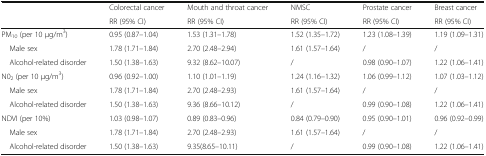
<table><thead><tr><td rowspan="2"></td><td><b>Colorectal cancer</b></td><td><b>Mouth and throat cancer</b></td><td><b>NMSC</b></td><td><b>Prostate cancer</b></td><td><b>Breast cancer</b></td></tr><tr><td><b>RR (95% CI)</b></td><td><b>RR (95% CI)</b></td><td><b>RR (95% CI)</b></td><td><b>RR (95% CI)</b></td><td><b>RR (95% CI)</b></td></tr></thead><tbody><tr><td>PM<sub>10</sub> (per 10 μg/m<sup>3</sup>)</td><td>0.95 (0.87–1.04)</td><td>1.53 (1.31–1.78)</td><td>1.52 (1.35–1.72)</td><td>1.23 (1.08–1.39)</td><td>1.19 (1.09–1.31)</td></tr><tr><td> Male sex</td><td>1.78 (1.71–1.84)</td><td>2.70 (2.48–2.94)</td><td>1.61 (1.57–1.64)</td><td>/</td><td>/</td></tr><tr><td> Alcohol-related disorder</td><td>1.50 (1.38–1.63)</td><td>9.32 (8.62–10.07)</td><td>/</td><td>0.98 (0.90–1.07)</td><td>1.22 (1.06–1.41)</td></tr><tr><td>N0<sub>2</sub> (per 10 μg/m<sup>3</sup>)</td><td>0.96 (0.92–1.00)</td><td>1.10 (1.01–1.19)</td><td>1.24 (1.16–1.32)</td><td>1.06 (0.99–1.12)</td><td>1.07 (1.03–1.12)</td></tr><tr><td> Male sex</td><td>1.78 (1.71–1.84)</td><td>2.70 (2.48–2.93)</td><td>1.61 (1.57–1.64)</td><td>/</td><td>/</td></tr><tr><td> Alcohol-related disorder</td><td>1.50 (1.38–1.63)</td><td>9.36 (8.66–10.12)</td><td>/</td><td>0.99 (0.90–1.08)</td><td>1.22 (1.06–1.41)</td></tr><tr><td>NDVI (per 10%)</td><td>1.03 (0.98–1.07)</td><td>0.89 (0.83–0.96)</td><td>0.84 (0.79–0.90)</td><td>0.95 (0.90–1.01)</td><td>0.96 (0.92–0.99)</td></tr><tr><td> Male sex</td><td>1.78 (1.71–1.84)</td><td>2.70 (2.48–2.93)</td><td>1.61 (1.57–1.64)</td><td>/</td><td>/</td></tr><tr><td> Alcohol-related disorder</td><td>1.50 (1.38–1.63)</td><td>9.35(8.65–10.11)</td><td>/</td><td>0.99 (0.90–1.08)</td><td>1.22 (1.06–1.41)</td></tr></tbody></table>